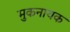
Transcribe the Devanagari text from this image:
मुकनायक